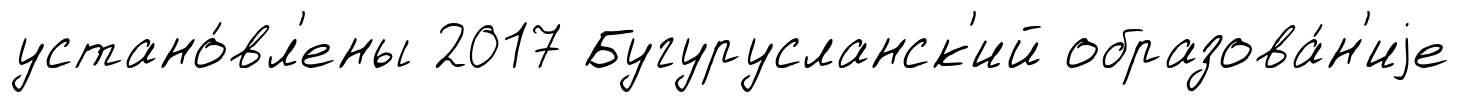
устано́вл'ены 2017 Бугурусланск'ий образова́н'иjе